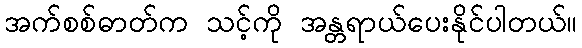
အက်စစ်ဓာတ်က သင့်ကို အန္တရာယ်ပေးနိုင်ပါတယ်။